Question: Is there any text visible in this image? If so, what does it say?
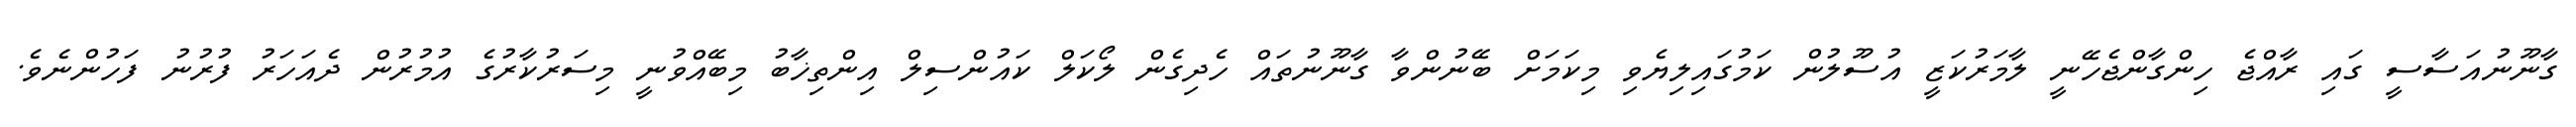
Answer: ގާނޫނުއަސާސީ ގައި ރާއްޖެ ހިންގާންޖެހޭނީ ލާމަރުކަޒީ އުސޫލުން ކަމުގައިލިޔެވި މިކަމަށް ބޭނުންވާ ގާނޫނުތައް ހެދިގެން ލޯކަލް ކައުންސިލް އިންތިޚާބު މިބޭއްވުނީ މިސަރުކާރުގެ އުމުރުން ދެއަހަރު ފުރުނު ފަހުންނެވެ.